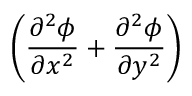
\left( \frac { \partial ^ { 2 } \phi } { \partial x ^ { 2 } } + \frac { \partial ^ { 2 } \phi } { \partial y ^ { 2 } } \right)